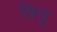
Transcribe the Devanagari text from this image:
स्रियू